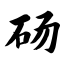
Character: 砀